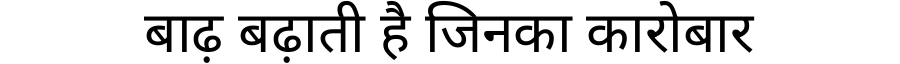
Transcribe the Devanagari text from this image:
बाढ़ बढ़ाती है जिनका कारोबार